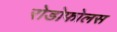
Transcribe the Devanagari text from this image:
रोडोफोलस